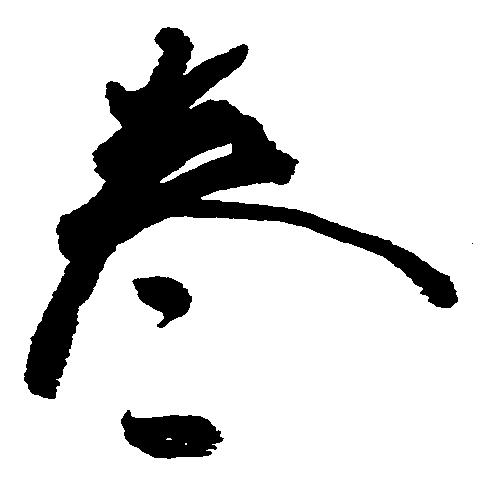
巻